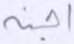
أجنة